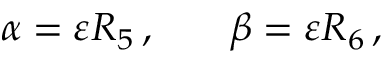
\begin{array} { r l r } { \alpha = \varepsilon R _ { 5 } \, , } & { { } } & { \beta = \varepsilon R _ { 6 } \, , } \end{array}